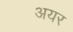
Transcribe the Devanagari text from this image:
अयर